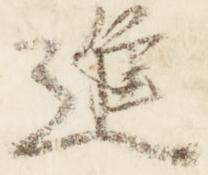
進